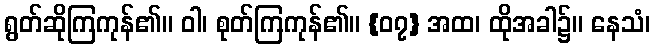
ရွတ်ဆိုကြကုန်၏။ ဝါ၊ စုတ်ကြကုန်၏။ {၀၇} အထ၊ ထိုအခါ၌။ နေသံ၊